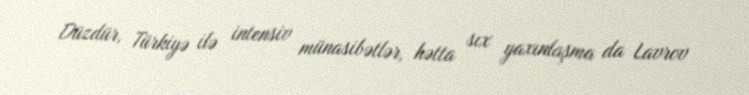
Düzdür, Türkiyə ilə intensiv münasibətlər, hətta sıx yaxınlaşma da Lavrov